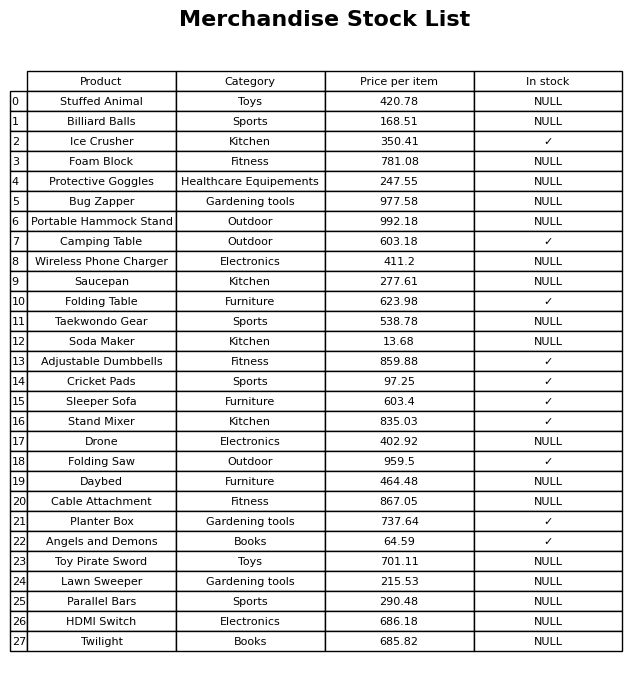
question: What is the stock status of the Cricket Pads?
answer: ✓